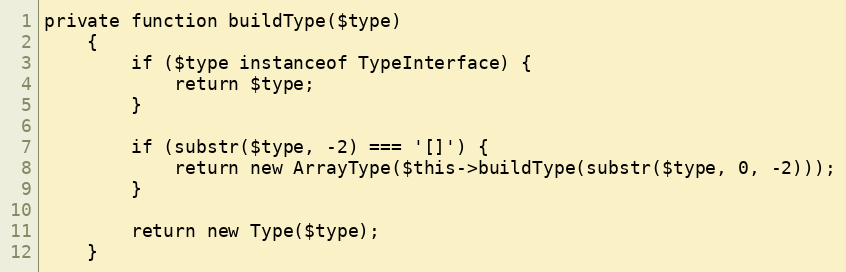
Language: PHP
private function buildType($type)
    {
        if ($type instanceof TypeInterface) {
            return $type;
        }

        if (substr($type, -2) === '[]') {
            return new ArrayType($this->buildType(substr($type, 0, -2)));
        }

        return new Type($type);
    }